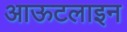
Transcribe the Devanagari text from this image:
आऊटलाइन